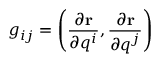
\displaystyle g _ { i j } = \left( { \frac { \partial \mathbf { r } } { \partial q ^ { i } } } , { \frac { \partial \mathbf { r } } { \partial q ^ { j } } } \right)